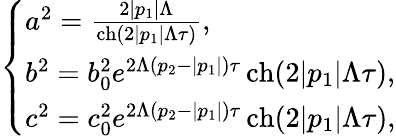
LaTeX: {\left\{ \begin{array}{ll}{a^{2}={\frac{2|p_{1}|\Lambda}{\operatorname{ch}(2|p_{1}|\Lambda\tau)}},}\\ {b^{2}=b_{0}^{2}e^{2\Lambda(p_{2}-|p_{1}|)\tau}\operatorname{ch}(2|p_{1}|\Lambda\tau),}\\ {c^{2}=c_{0}^{2}e^{2\Lambda(p_{2}-|p_{1}|)\tau}\operatorname{ch}(2|p_{1}|\Lambda\tau),}\end{array}\right.}